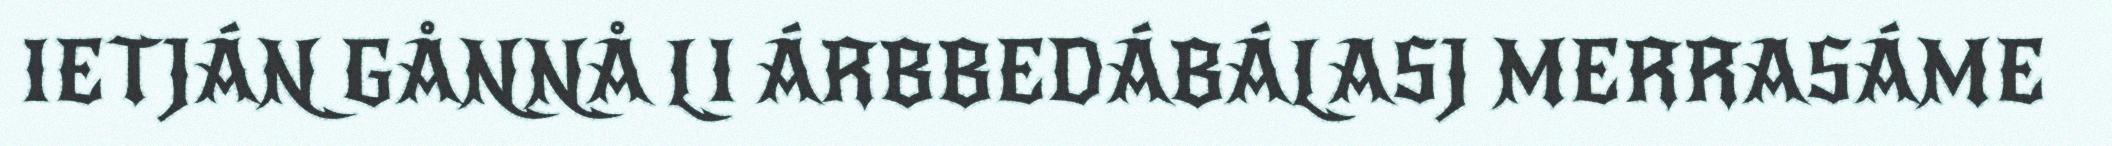
IETJÁN GÅNNÅ LI ÁRBBEDÁBÁLASJ MERRASÁME